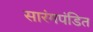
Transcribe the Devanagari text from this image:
सारंगपंडित